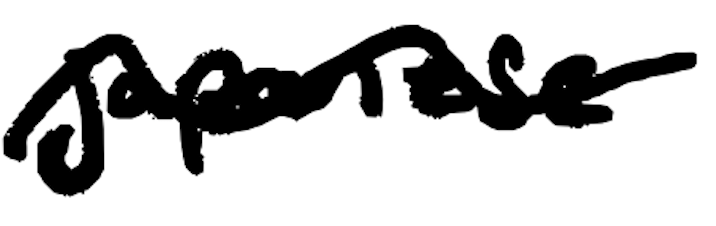
Text: Japanese
Cross-out: wave
Writing tool: digital_black